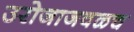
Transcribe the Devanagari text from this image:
उरोजाजवळच